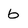
Character: 6